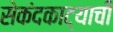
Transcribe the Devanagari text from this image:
सेकंदकाट्याची